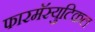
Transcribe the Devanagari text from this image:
फारमॅस्युटिकल